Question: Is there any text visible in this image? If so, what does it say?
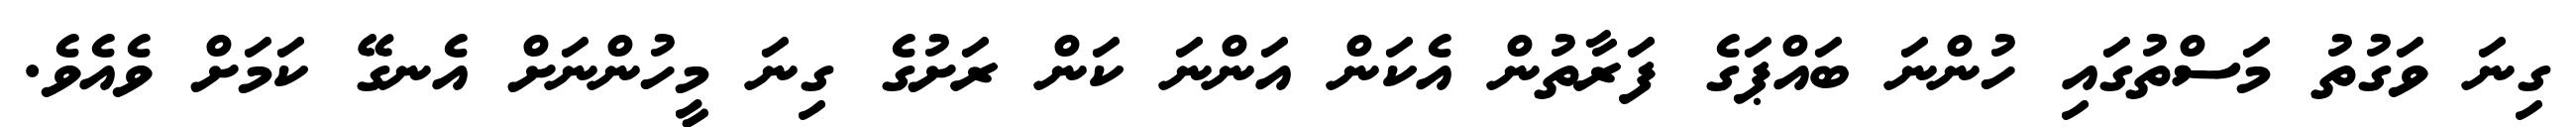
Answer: ގިނަ ވަގުތު މަސްތުގައި ހުންނަ ބައްޕަގެ ފަރާތުން އެކަން އަންނަ ކަން ރަށުގެ ގިނަ މީހުންނަށް އެނގޭ ކަމަށް ވެއެވެ.